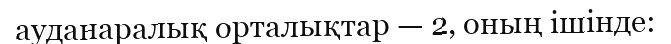
ауданаралық орталықтар — 2, оның ішінде: